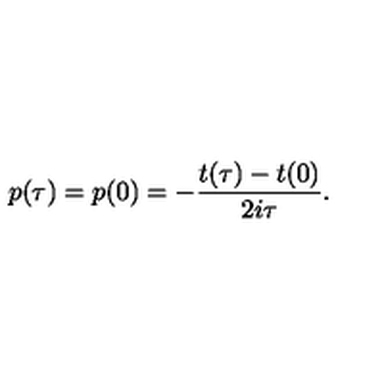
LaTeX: p ( \tau ) = p ( 0 ) = - { \frac { t ( \tau ) - t ( 0 ) } { 2 i \tau } } .